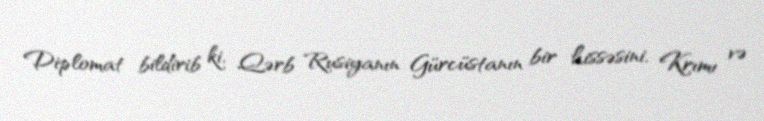
Diplomat bildirib ki, Qərb Rusiyanın Gürcüstanın bir hissəsini, Krımı və